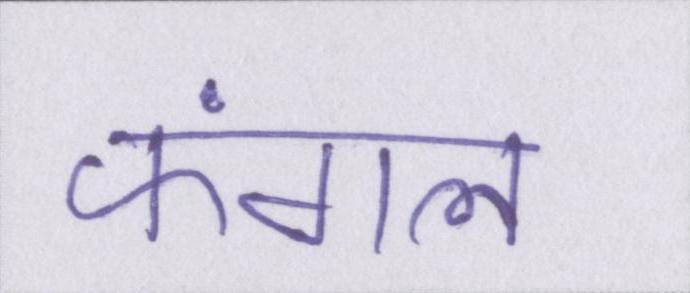
फंगल